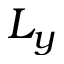
L _ { y }